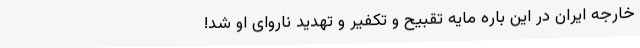
خارجه ایران در این باره مایهٔ تقبیح و تکفیر و تهدید ناروای او شد!